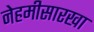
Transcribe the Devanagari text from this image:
नेहमीसारखा